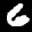
Label: 6